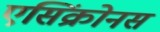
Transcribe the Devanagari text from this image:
एसिंक्रोनस